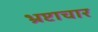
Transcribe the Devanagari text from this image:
भ्रप्टाचार